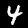
Label: 4